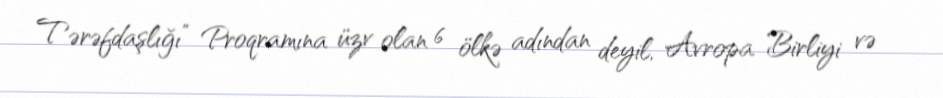
Tərəfdaşlığı” Proqramına üzv olan 6 ölkə adından deyil, Avropa Birliyi və